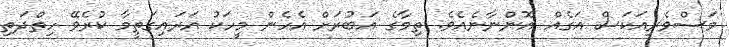
މަސްވެރިއަކަސް އަގެއް އޮންނާނެއެވެ. ތިމާގެ އަބުރަަށް އެހެން މީހަކު އަރައިގަތީމާ ކުރެވޭ ހިތްދަތި